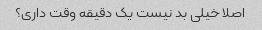
اصلا خیلی بد نیست یک دقیقه وقت داری؟